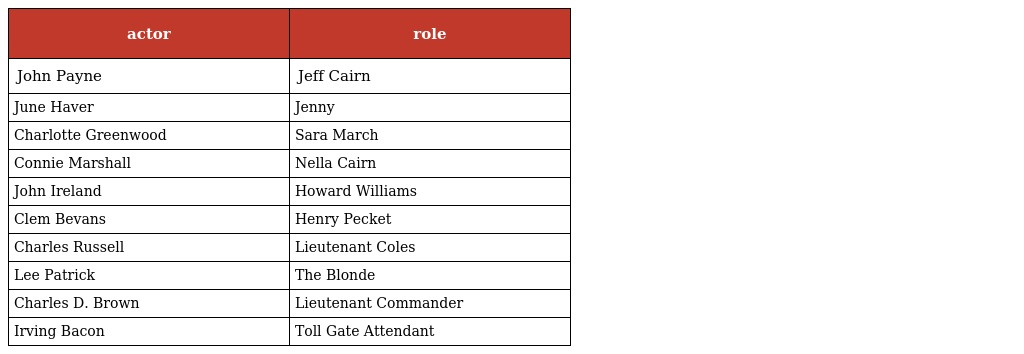
| actor | role |
 | --- | --- |
 | John Payne | Jeff Cairn |
 | June Haver | Jenny |
 | Charlotte Greenwood | Sara March |
 | Connie Marshall | Nella Cairn |
 | John Ireland | Howard Williams |
 | Clem Bevans | Henry Pecket |
 | Charles Russell | Lieutenant Coles |
 | Lee Patrick | The Blonde |
 | Charles D. Brown | Lieutenant Commander |
 | Irving Bacon | Toll Gate Attendant |